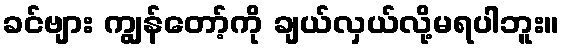
ခင်ဗျား ကျွန်တော့်ကို ချယ်လှယ်လို့မရပါဘူး။